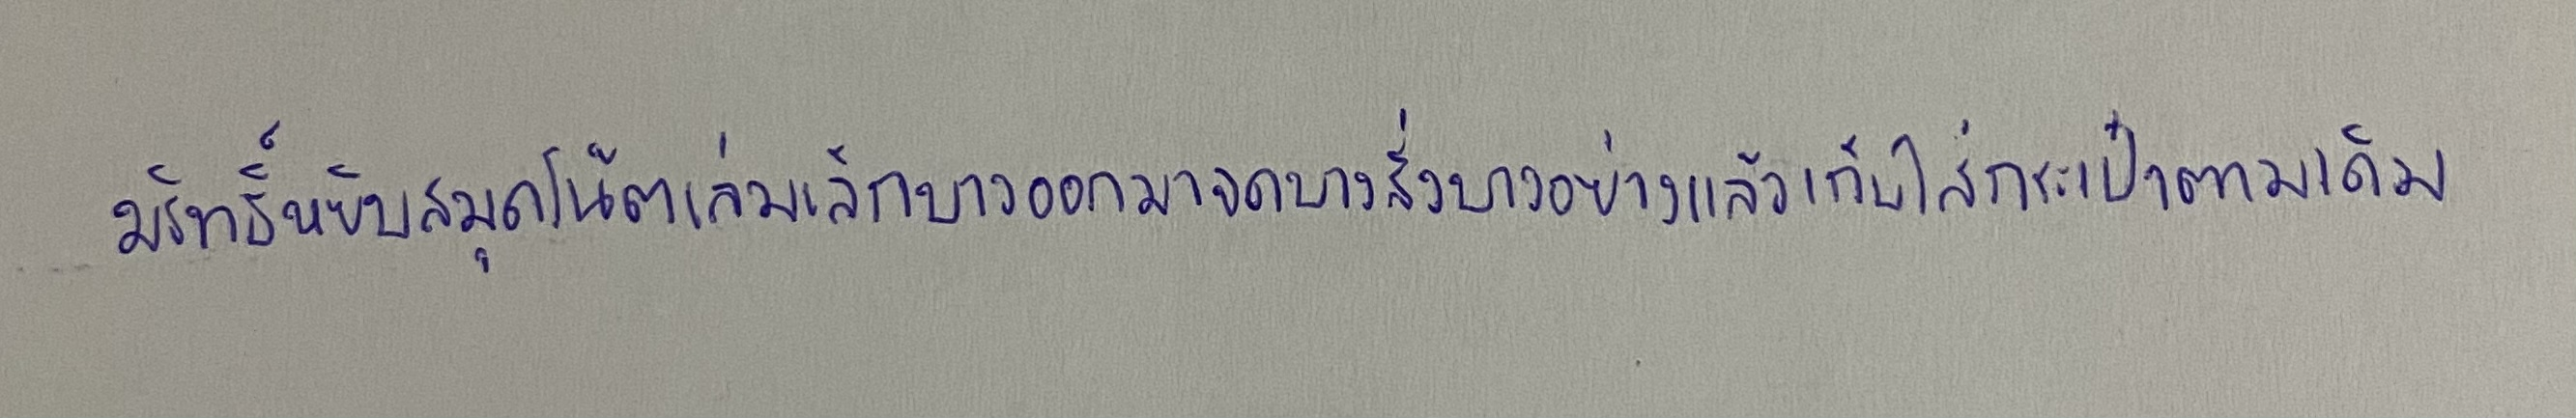
มริทธิ์หยิบสมุดโน้ตเล่มเล็กบางออกมาจดบางสิ่งบางอย่างแล้วเก็บใส่กระเป๋าตามเดิม